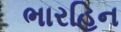
ભારહિન